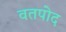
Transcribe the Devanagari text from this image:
वतपोद